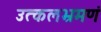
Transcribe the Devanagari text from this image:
उत्कलभ्रमणं